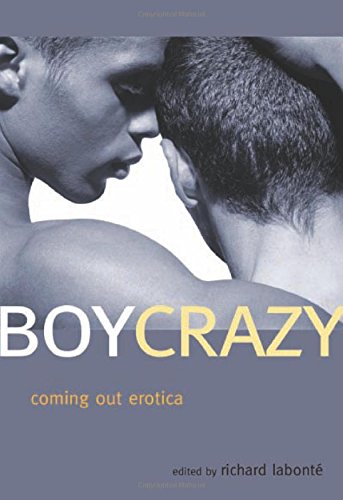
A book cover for Boy Crazy: Coming Out Erotica; Romance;